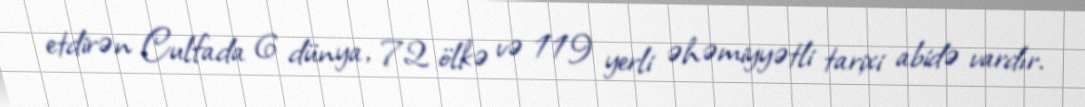
etdirən Culfada 6 dünya, 72 ölkə və 119 yerli əhəmiyyətli tarixi abidə vardır.